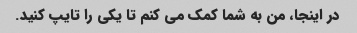
در اینجا، من به شما کمک می کنم تا یکی را تایپ کنید.